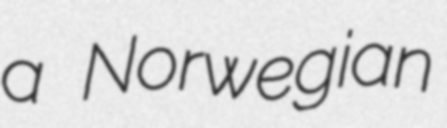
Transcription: a Norwegian